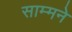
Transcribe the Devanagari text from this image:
साम्मने